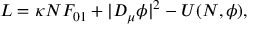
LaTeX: { \cal L } = \kappa N F _ { 0 1 } + | D _ { \mu } \phi | ^ { 2 } - U ( N , \phi ) ,